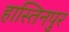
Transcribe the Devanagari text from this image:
हास्तिनपुर